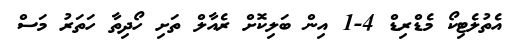
އެތުލެޓިކޯ މެޑްރިޑް 4-1 އިން ބަލިކޮށް ރެއާލް ތަށި ހޯދިތާ ހަތަރު މަސް